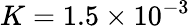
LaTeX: K=1.5\times 10^{-3}